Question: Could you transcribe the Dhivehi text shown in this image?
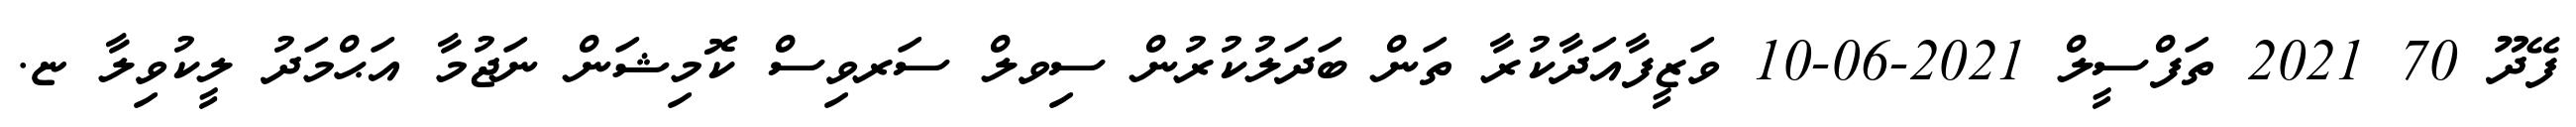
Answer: ފޭދޫ 70 2021 ތަފްސީލް 2021-06-10 ވަޒީފާއަދާކުރާ ތަން ބަދަލުކުރުން ސިވލް ސަރވިސް ކޮމިޝަން ނަޖުމާ އަޙްމަދު ލީކުވިލާ ޏ.